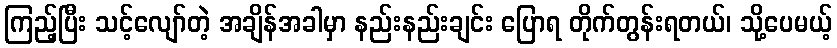
ကြည့်ပြီး သင့်လျော်တဲ့ အချိန်အခါမှာ နည်းနည်းချင်း ပြောရ တိုက်တွန်းရတယ်၊ သို့ပေမယ့်